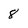
Character: 8